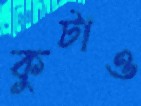
কুটাও